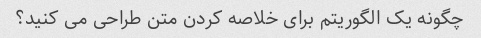
چگونه یک الگوریتم برای خلاصه کردن متن طراحی می کنید؟